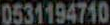
0531194710